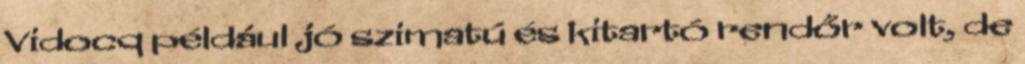
Vidocq például jó szimatú és kitartó rendőr volt, de